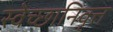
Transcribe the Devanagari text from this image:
स्वेच्छानिवृत्त